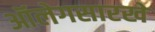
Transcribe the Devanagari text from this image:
ऑलेगसारखे